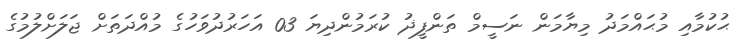
ޙުކުމާއި މުޙައްމަދު މިޔާމަން ނަސީމް ތަންފީޛު ކުރަމުންދިޔަ 03 އަހަރުދުވަހުގެ މުއްދަތަށް ޖަލަށްލުމުގެ